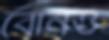
বোনও